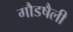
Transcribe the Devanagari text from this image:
गौडषैली